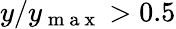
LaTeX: y/y_{\mathrm{~m~a~x~}}>0.5